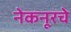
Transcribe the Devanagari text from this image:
नेकनूरचे